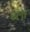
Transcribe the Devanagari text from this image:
ब्ला